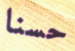
حسنا